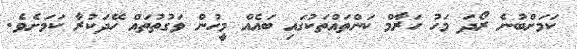
ކަމަށްބުނެ ރޯދަ މަހު ހަރާމް ކަންތައްތަކުގައި ބައެއް މީހުން ވަގުތުތައް ހޭދަކުރާ ކަމަށެވެ.